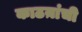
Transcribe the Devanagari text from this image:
काठय़ांची